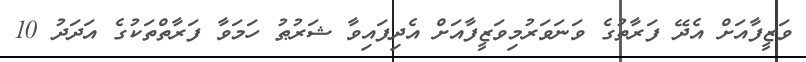
ވަޒީފާއަށް އެދޭ ފަރާތުގެ ވަނަވަރުމިވަޒީފާއަށް އެދިފައިވާ ޝަރުޠު ހަމަވާ ފަރާތްތަކުގެ އަދަދު 10